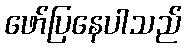
ဖော်ပြနေပါသည်